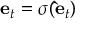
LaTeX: \mathbf { e } _ { t } = \sigma ( \mathbf { \hat { e } } _ { t } )